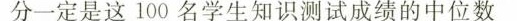
分一定是这100名学生知识测试成绩的中位数